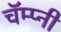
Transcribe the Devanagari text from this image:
चॅम्प्नी